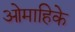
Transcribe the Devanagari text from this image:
ओमाहिके